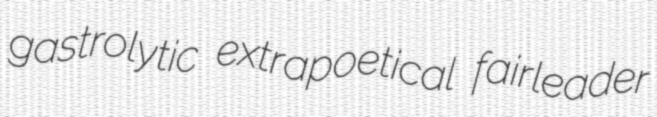
gastrolytic extrapoetical fairleader